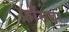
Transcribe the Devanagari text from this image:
फ्राँसवा